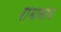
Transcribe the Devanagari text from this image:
रामानाथ